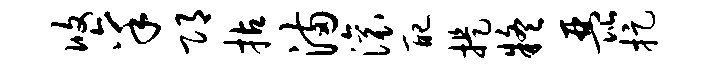
攸禀邛拈满滚配提疑琵捉